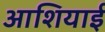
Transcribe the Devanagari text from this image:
आशियाई